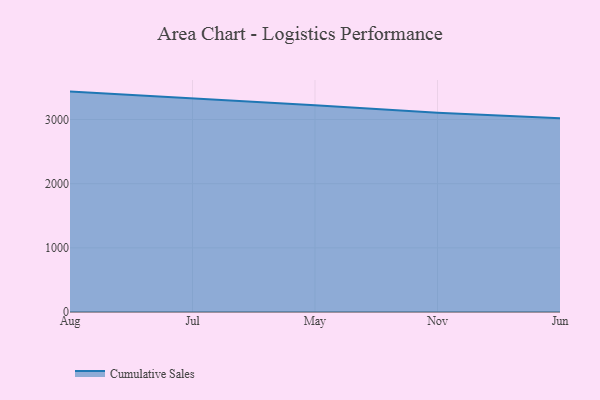
{"axis": {"x": "Month", "y": "Revenue (USD Million)"}, "legend": ["Cumulative Sales"], "data": [{"x": "Aug", "y": 3435.6, "type": "Cumulative Sales"}, {"x": "Jul", "y": 3328.6, "type": "Cumulative Sales"}, {"x": "May", "y": 3223.8, "type": "Cumulative Sales"}, {"x": "Nov", "y": 3104.5, "type": "Cumulative Sales"}, {"x": "Jun", "y": 3019.6, "type": "Cumulative Sales"}]}